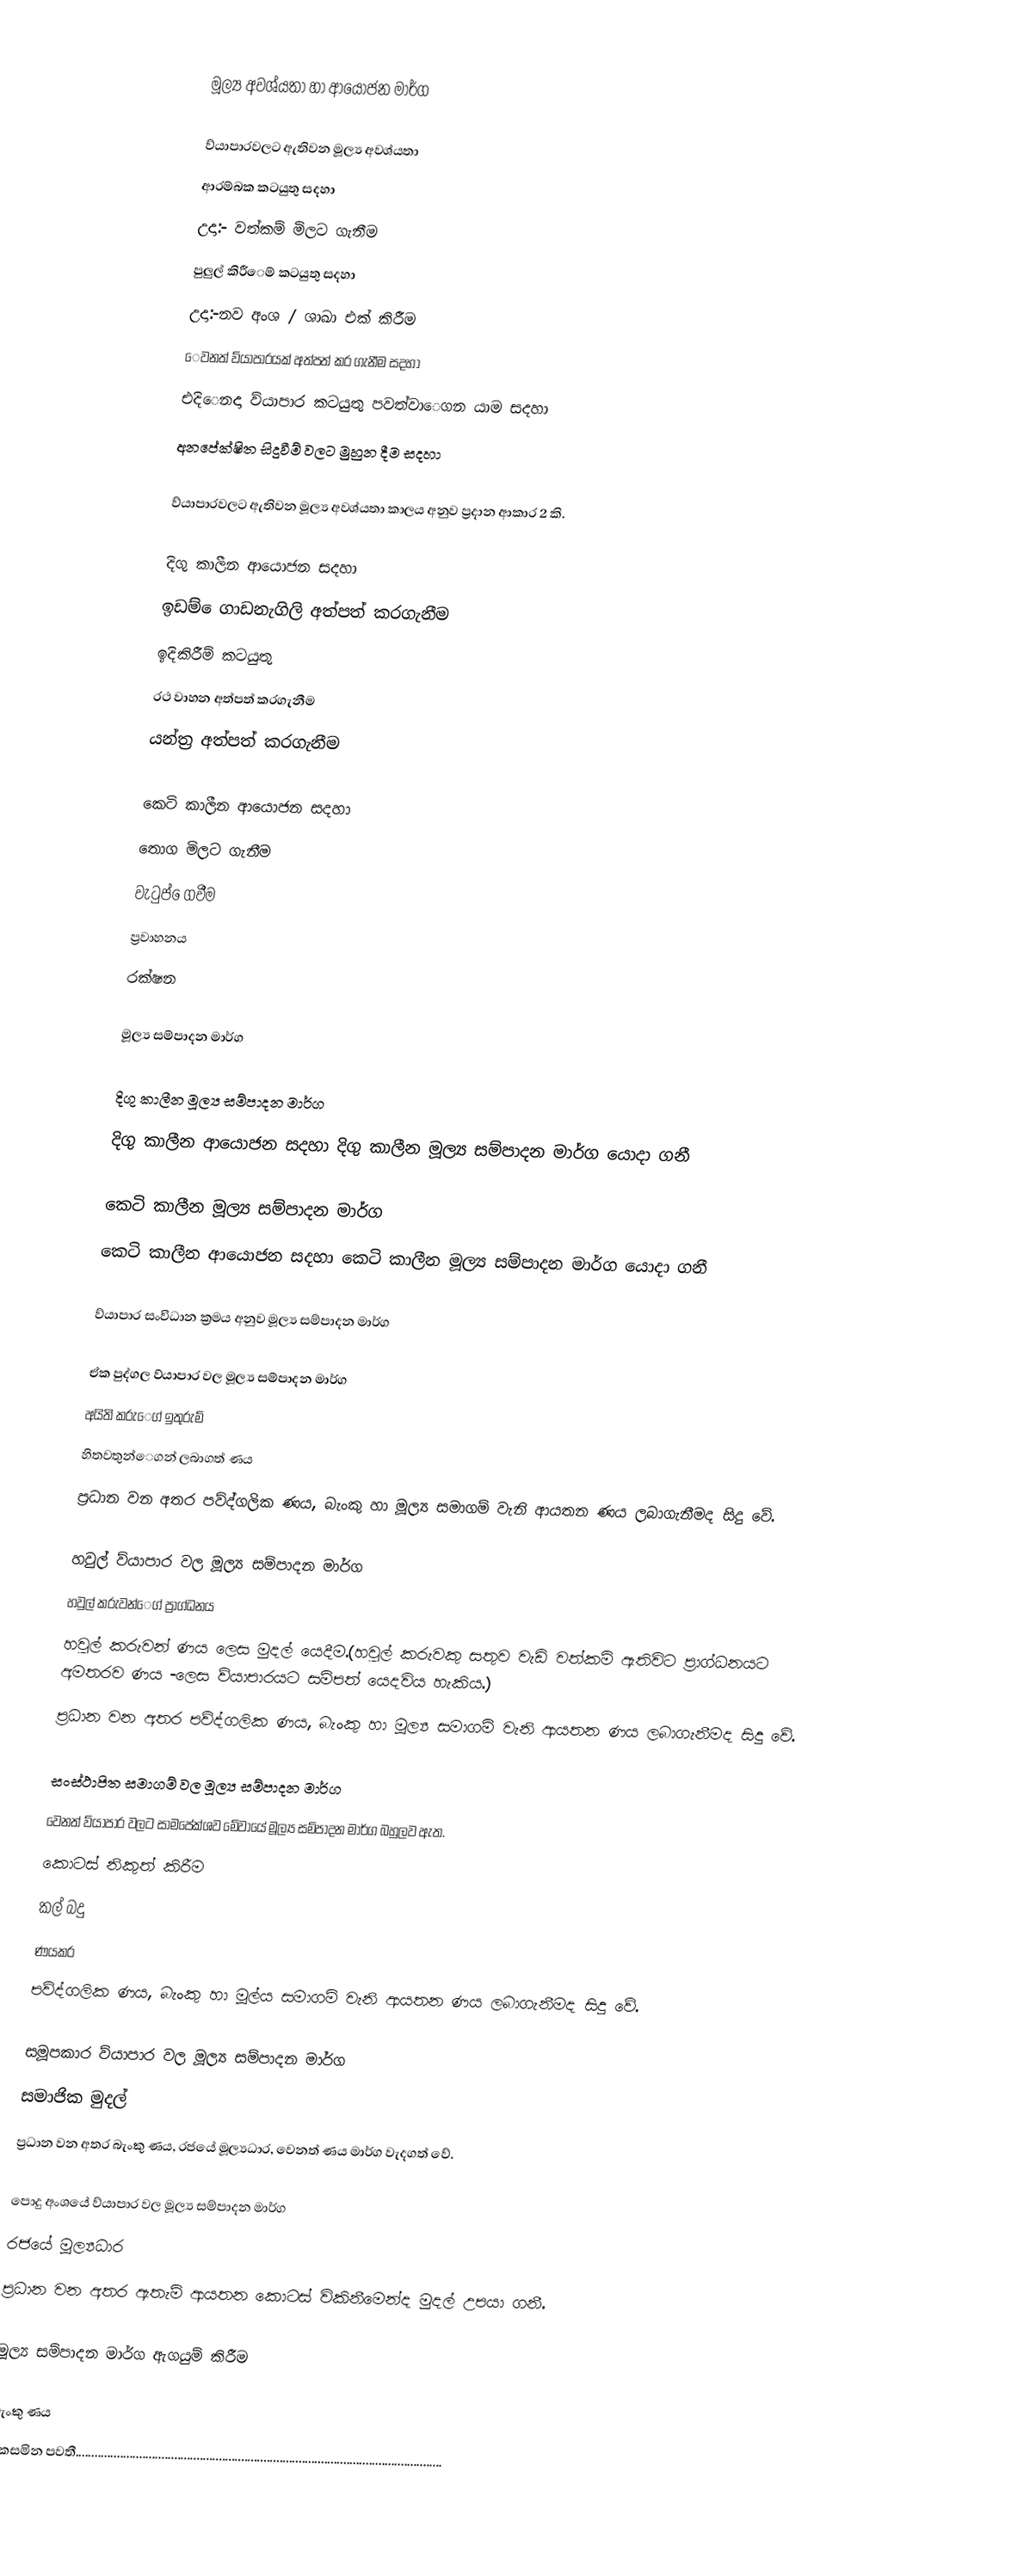

මූල්‍ය අවශ්යතා හා ආයෝජන මාර්ග

ව්යාපාරවලට ඇතිවන මූල්‍ය අවශ්යතා
ආරම්බක කටයුතු සදහා
උදා:- වත්කම් මිලට ගැනීම
පුලුල් කිරීෙම් කටයුතු සදහා
උදා:-නව අංශ / ශාඛා එක් කිරීම
ෙවනත් ව්යාපාරයක් අත්පත් කර ගැනීම සදහා
එදිෙනදා ව්යාපාර කටයුතු පවත්වාෙගන යාම සදහා
අනපේක්ෂිත සිදුවීම් වලට මුහුන දීම සදහා

ව්යාපාරවලට ඇතිවන මූල්‍ය අවශ්යතා කාලය අනුව ප්‍රදාන ආකාර 2 කි.

දිගු කාලීන ආයොජන සදහා
ඉඩම් ෙගාඩනැගිලි අත්පත් කරගැනීම
ඉදිකිරීම් කටයුතු
රථ වාහන අත්පත් කරගැනීම
යන්ත්‍ර අත්පත් කරගැනීම

කෙටි  කාලීන ආයොජන සදහා
තොග මිලට ගැනීම
වැටුප් ෙගවීම
ප්‍රවාහනය
රක්ෂන

මූල්‍ය සම්පාදන මාර්ග

දිගු කාලීන  මූල්‍ය සම්පාදන මාර්ග
 දිගු කාලීන ආයොජන සදහා දිගු කාලීන මූල්‍ය සම්පාදන මාර්ග යොදා ගනී

කෙටි කාලීන  මූල්‍ය සම්පාදන මාර්ග
කෙටි  කාලීන ආයොජන සදහා කෙටි කාලීන මූල්‍ය සම්පාදන මාර්ග යොදා ගනී

ව්යාපාර සංවිධාන ක්‍රමය අනුව  මූල්‍ය සම්පාදන මාර්ග

ඒක පුද්ගල ව්යාපාර වල  මූල්‍ය සම්පාදන මාර්ග
 අයිති කරුෙග් ඉතුරුම්
හිතවතුන්ෙගන් ලබාගත් ණය
ප්‍රධාන වන අතර පව්ද්ගලික ණය, බැංකු හා  මූල්‍ය  සමාගම් වැනි ආයතන ණය ලබාගැනීමද සිදු වේ.

හවුල් ව්යාපාර වල  මූල්‍ය සම්පාදන මාර්ග
හවුල් කරුවන්ෙග් ප්‍රාග්ධනය
හවුල් කරුවන් ණය ලෙස මුදල් යෙදීම.(හවුල් කරුවකු සතුව වැඩි වත්කම් ඇතිවිට ප්‍රාග්ධනයට අමතරව ණය -ලෙස ව්යාපාරයට සම්පත් යෙදවිය හැකිය.)
ප්‍රධාන වන අතර පව්ද්ගලික ණය, බැංකු හා  මූල්‍ය  සමාගම් වැනි ආයතන ණය ලබාගැනීමද සිදු වේ.

සංස්ථාපිත සමාගම් වල  මූල්‍ය සම්පාදන මාර්ග
වෙනත් ව්යාපාර වලට සාමපේක්ශව මේවායේ  මූල්‍ය සම්පාදන මාර්ග බහුලව ඇත.
කොටස් නිකුත් කිරීම
කල් බදු
ණයකර
පව්ද්ගලික ණය, බැංකු හා මූල්ය සමාගම් වැනි ආයතන ණය ලබාගැනීමද සිදු වේ.

සමූපකාර ව්යාපාර වල  මූල්‍ය සම්පාදන මාර්ග
සමාජික මුදල්
ප්‍රධාන වන අතර  බැංකු  ණය, රජයේ  මූල්‍යධාර, වෙනත් ණය මාර්ග වැදගත් වේ.

පොදු අංශයේ ව්යාපාර වල  මූල්‍ය සම්පාදන මාර්ග
 රජයේ  මූල්‍යධාර
ප්‍රධාන වන අතර ඇතැම් ආයතන කොටස් විකිනීමෙන්ද මුදල් උපයා ගනී.

මූල්‍ය සම්පාදන මාර්ග ඇගයුම් කිරීම

බැංකු ණය
සකසමින පවතී...................................................................................................................